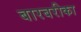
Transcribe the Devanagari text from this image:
बारबरीका